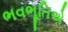
ભવભૂતિએ